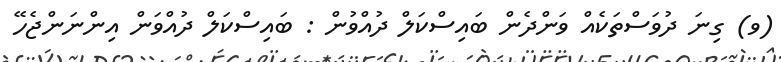
(ވ) ގިނަ ދުވަސްތަކެއް ވަންދެން ބައިސްކަލް ދުއްވުން : ބައިސްކަލް ދުއްވަން އިންނަންޖެހޭ